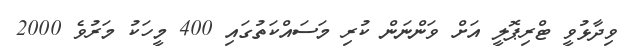
ވިދާޅުވީ ޓްރިޕޮލީ އަށް ވަންނަން ކުރި މަސައްކަތުގައި 400 މީހަކު މަރުވެ 2000